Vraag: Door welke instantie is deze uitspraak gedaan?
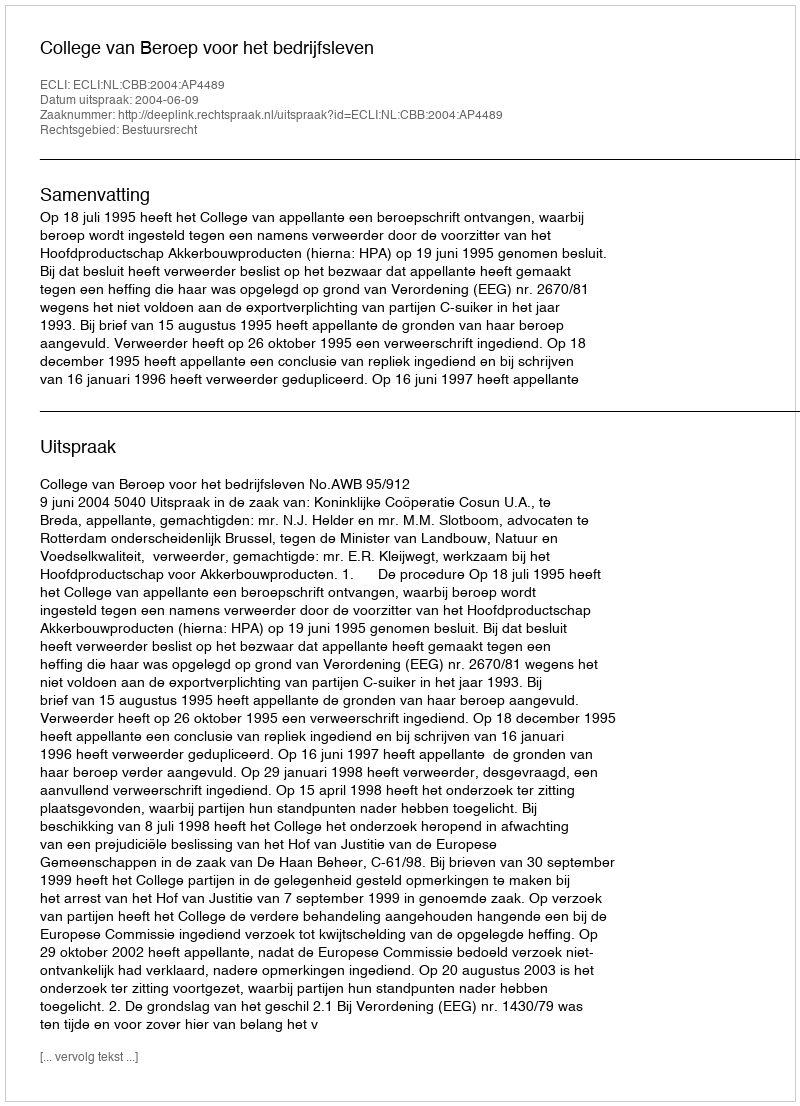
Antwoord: College van Beroep voor het bedrijfsleven